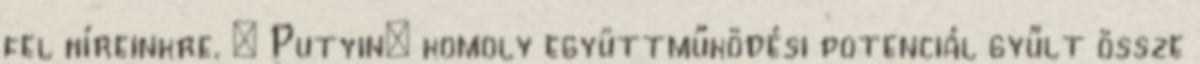
fel híreinkre. « Putyin: komoly együttműködési potenciál gyűlt össze